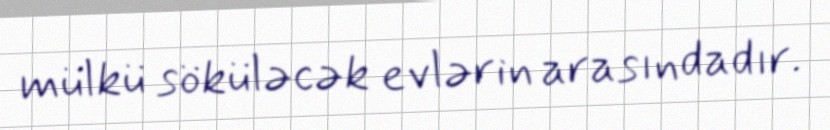
mülkü söküləcək evlərin arasındadır.